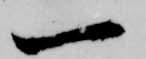
一